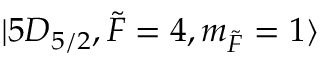
\lvert 5 D _ { 5 / 2 } , \Tilde { F } = 4 , m _ { \Tilde { F } } = 1 \rangle